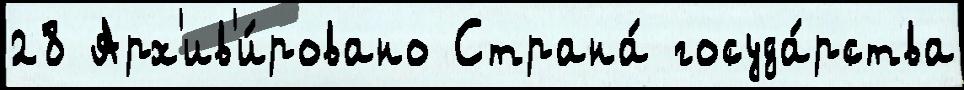
28 Арх'ив'и́ровано Страна́ госуда́рства